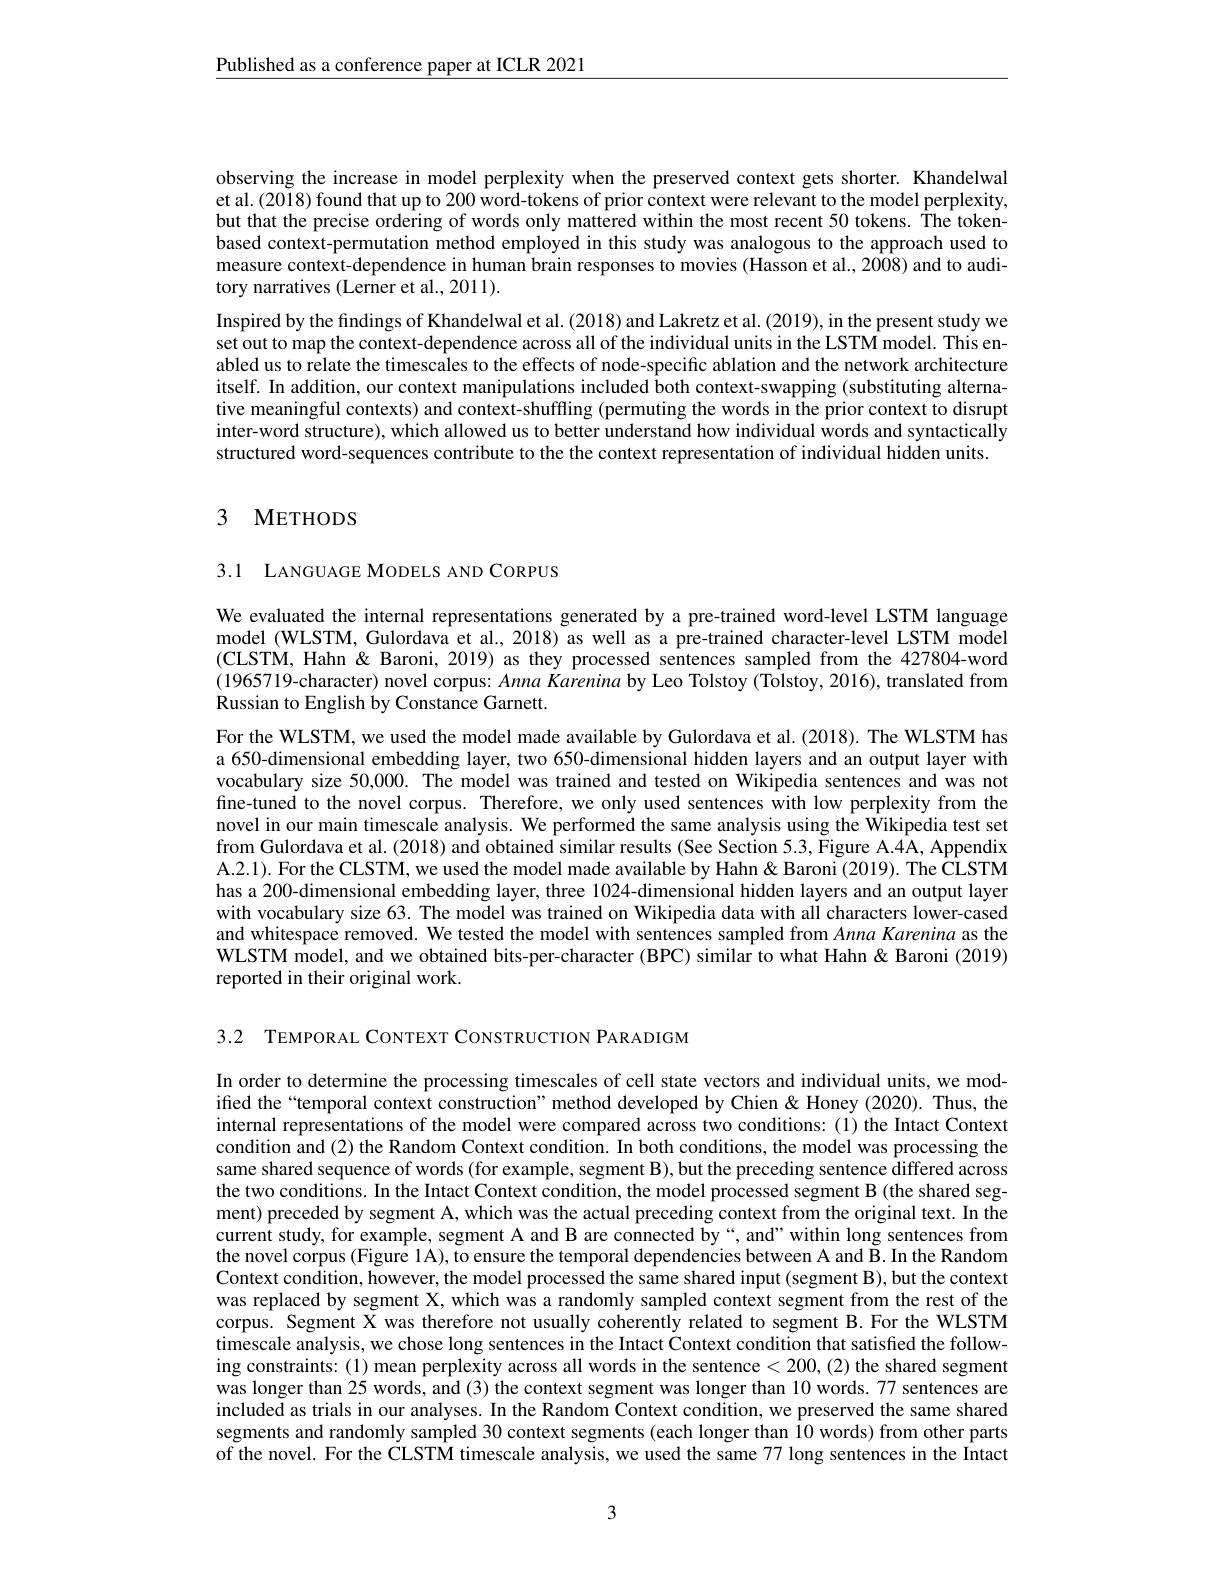
$\underline{\text{Published as a conference paper at ICLR 2021}}$

observing the increase in model perplexity when the preserved context gets shorter. Khandelwal et al.(2018) found that up to 200 word-tokens of prior context were relevant to the model perplexity, but that the precise ordering of words only mattered within the most recent 50 tokens. The tokenbased context-permutation method employed in this study was analogous to the approach used to measure context-dependence in human brain responses to movies (Hasson et al., 2008) and to auditory narratives (Lerner et al., 2011).
Inspired by the findings of Khandelwal et al. (2018) and Lakretz et al. (2019), in the present study we set out to map the context-dependence across all of the individual units in the LSTM model. This enabled us to relate the timescales to the effects of node-specific ablation and the network architecture itself. In addition, our context manipulations included both context-swapping (substituting alternative meaningful contexts) and context-shuffling (permuting the words in the prior context to disrupt inter-word structure), which allowed us to better understand how individual words and syntactically structured word-sequences contribute to the the context representation of individual hidden units.

## 3 METHODS

3.1 LANGUAGE MODELS AND CORPUS

We evaluated the internal representations generated by a pre-trained word-level LSTM language model (WLSTM, Gulordava et al., 2018) as well as a pre-trained character-level LSTM model (CLSTM, Hahn & Baroni, 2019) as they processed sentences sampled from the 427804-word $(1965719-character)$ novel corpus: Anna Karenina by Leo Tolstoy (Tolstoy, 2016), translated from Russian to English by Constance Garnett.
For the WLSTM, we used the model made available by Gulordava et al.(2018). The WLSTM has a 650-dimensional embedding layer, two 650-dimensional hidden layers and an output layer with vocabulary size 50,000. The model was trained and tested on Wikipedia sentences and was not fine-tuned to the novel corpus. Therefore, we only used sentences with low perplexity from the novel in our main timescale analysis. We performed the same analysis using the Wikipedia test set from Gulordava et al. (2018) and obtained similar results (See Section 5.3, Figure A.4A, Appendix A.2.1). For the CLSTM, we used the model made available by Hahn& Baroni (2019). The CLSTM has a 200-dimensional embedding layer, three 1024-dimensional hidden layers and an output layer with vocabulary size 63. The model was trained on Wikipedia data with all characters lower-cased and whitespace removed. We tested the model with sentences sampled from Anna Karenina as the WLSTM model, and we obtained bits-per-character (BPC) similar to what Hahn& Baroni (2019) reported in their original work.

3.2 TEMPORAL CONTEXT CONSTRUCTION PARADIGM

In order to determine the processing timescales of cell state vectors and individual units, we modiffed the“temporal context construction”method developed by Chien&Honey (2020). Thus, the internal representations of the model were compared across two conditions: (1) the Intact Context condition and (2) the Random Context condition. In both conditions, the model was processing the same shared sequence of words (for example, segment B), but the preceding sentence differed across the two conditions. In the Intact Context condition, the model processed segment B (the shared segment) preceded by segment A, which was the actual preceding context from the original text. In the current study, for example, segment A and B are connected by“, and”within long sentences from the novel corpus (Figure 1A), to ensure the temporal dependencies between A and B. In the Random Context condition, however, the model processed the same shared input (segment B), but the context was replaced by segment X, which was a randomly sampled context segment from the rest of the corpus. Segment X was therefore not usually coherently related to segment B.For the WLSTM timescale analysis, we chose long sentences in the Intact Context condition that satisfied the following constraints: (1) mean perplexity across all words in the sentence <200,(2) the shared segment was longer than 25 words, and (3) the context segment was longer than 10 words.77 sentences are included as trials in our analyses. In the Random Context condition, we preserved the same shared segments and randomly sampled 30 context segments (each longer than Î0 words) from other parts of the novel. For the CLSTM timescale analysis, we used the same 77 long sentences in the Intact

3